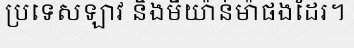
ប្រទេសឡាវ និងមីយ៉ាន់ម៉ាផងដែរ។